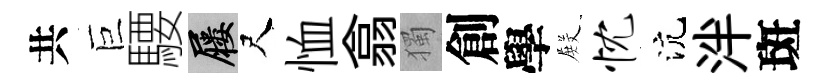
共巨騕屨尺恤翕獨創學𭮺忱沆泮斑